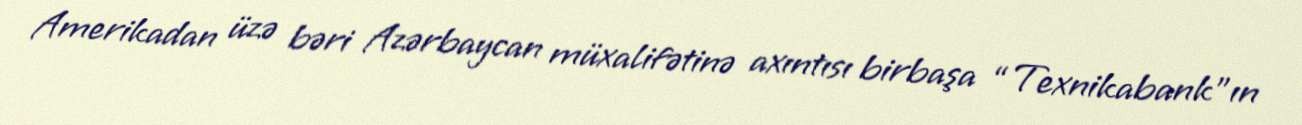
Amerikadan üzə bəri Azərbaycan müxalifətinə axıntısı birbaşa “Texnikabank”ın